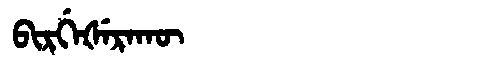
Manchu: ᠪᡳᡵᡤᡝᡧᡝᡵᠠᡴᡡ
Romanization: BIRGEŠERAKŪ